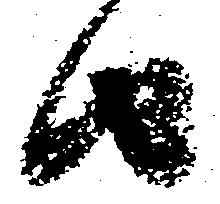
由